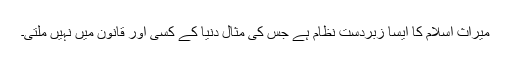
میراث اسلام کا ایسا زبردست نظام ہے جس کی مثال دنیا کے کسی اور قانون میں نہیں ملتی۔